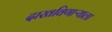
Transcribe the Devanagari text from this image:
दाखविणाऱ्याला